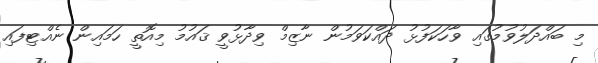
މި ބައްދަލުވުމުގައި ވާހަކަފުޅު ދައްކަވަމުން ނާޒިމް ވިދާޅުވީ ޤައުމު މިއޮތީ ހަމައިން ނެއްޓިފައި